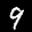
Label: 9